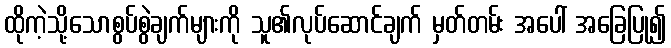
ထိုကဲ့သို့သောစွပ်စွဲချက်များကို သူ၏လုပ်ဆောင်ချက် မှတ်တမ်း အပေါ် အခြေပြု၍